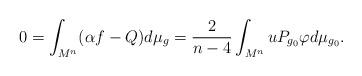
LaTeX: \begin{align*}0=\int_{M^n}(\alpha f-Q)d\mu_g=\frac{2}{n-4}\int_{M^n}uP_{g_0}\varphi d\mu_{g_0}.\end{align*}